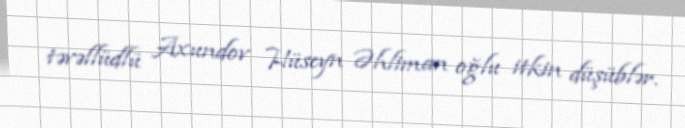
təvəllüdlü Axundov Hüseyn Əhliman oğlu itkin düşüblər.